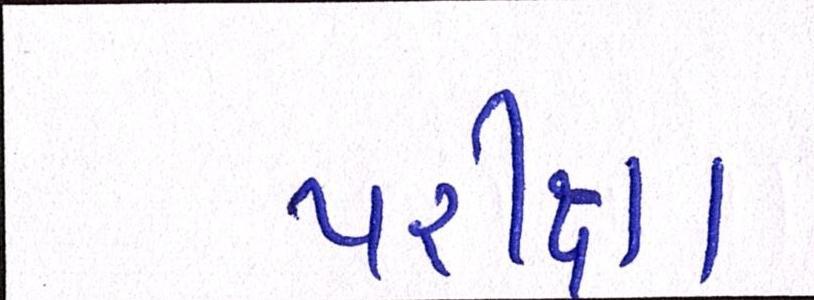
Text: પરીક્ષા